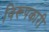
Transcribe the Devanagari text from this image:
विरूपकारी